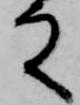
殿